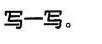
写一写。